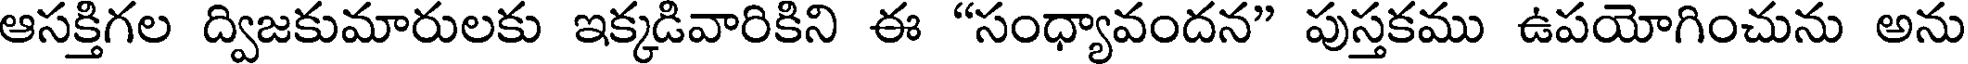
ఆసక్తిగల ద్విజకుమారులకు ఇక్కడివారికిని ఈ "సంధ్యావందన" పుస్తకము ఉపయోగించును అను